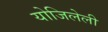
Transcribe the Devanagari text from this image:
योजिलेली